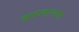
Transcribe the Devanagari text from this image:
करण्यार्‍यांत